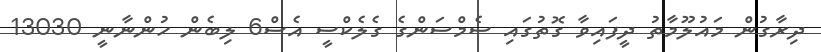
ދިރާގުން މައުލޫމާތު ދީފައިވާ ގޮތުގައި ސެމްސަންގެ ގެލެކްސީ އެސް6 ލިބެން ހުންނާނީ 13030